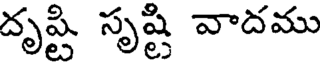
దృష్టి సృష్టి వాదము